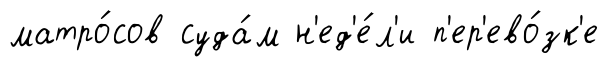
матро́сов суда́м н'ед'е́л'и п'ер'ево́зк'е